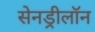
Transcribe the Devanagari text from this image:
सेनड्रीलॉन